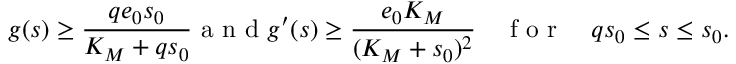
g ( s ) \geq \frac { q e _ { 0 } s _ { 0 } } { K _ { M } + q s _ { 0 } } \mathrm { ~ a ~ n ~ d ~ } g ^ { \prime } ( s ) \geq \frac { e _ { 0 } K _ { M } } { ( K _ { M } + s _ { 0 } ) ^ { 2 } } \quad \mathrm { ~ f ~ o ~ r ~ } \quad q s _ { 0 } \leq s \leq s _ { 0 } .